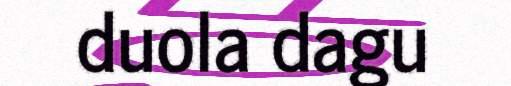
duola dagu